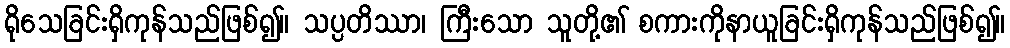
ရိုသေခြင်းရှိကုန်သည်ဖြစ်၍။ သပ္ပတိဿာ၊ ကြီးသော သူတို့၏ စကားကိုနာယူခြင်းရှိကုန်သည်ဖြစ်၍။